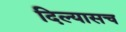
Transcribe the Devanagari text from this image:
दिल्यासच